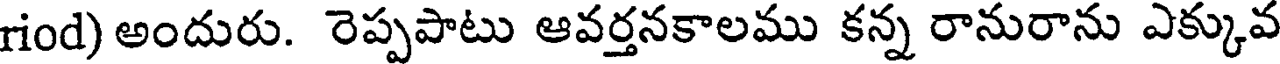
riod) అందురు. రెప్పపాటు ఆవర్తనకాలము కన్న రానురాను ఎక్కువ